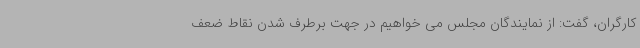
کارگران، گفت: از نمایندگان مجلس می خواهیم در جهت برطرف شدن نقاط ضعف